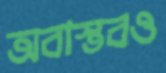
অবাস্তবও